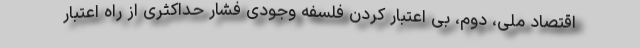
اقتصاد ملی، دوم، بی اعتبار کردن فلسفه وجودی فشار حداکثری از راه اعتبار